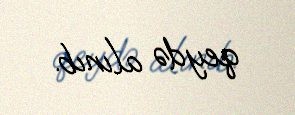
qeydə alınıb.